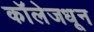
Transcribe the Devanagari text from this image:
कॉलेजधून